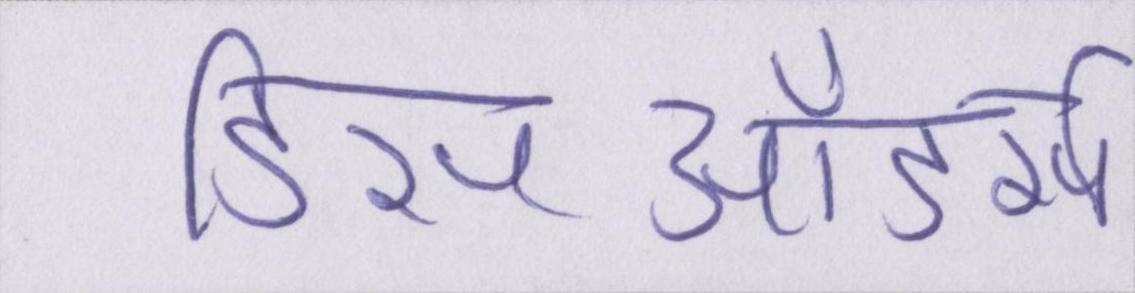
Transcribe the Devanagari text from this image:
डिसऑडर्स